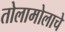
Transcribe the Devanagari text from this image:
तोलामोलाचे